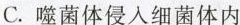
C.噬菌体侵入细菌体内